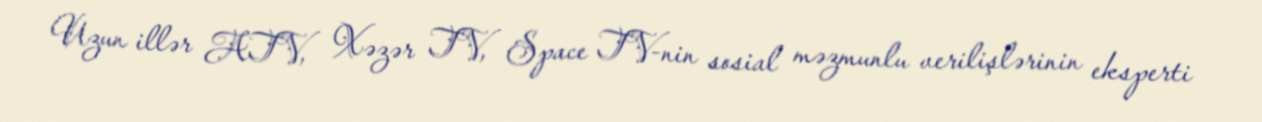
Uzun illər ATV, Xəzər TV, Space TV-nin sosial məzmunlu verilişlərinin eksperti